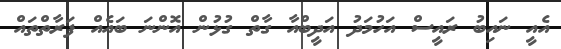
އެއީ ނައިބު ރައީސް އަހުމަދު އަދީބްއާ ގާތް ގުޅުން އޮންނަ ބައެއް ފަރާތްތައް